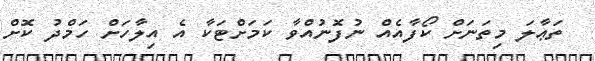
ތަޢާލަ މިތަނަށް ކޯފާއެއް ނުފޮނުއްވާ ކަމަށްޓަކާ އެ އިލާހަށް ހަމްދު ކޮށް